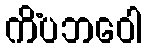
ကိံပဘဝေါ